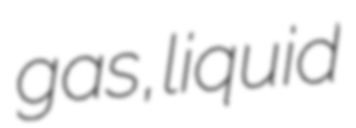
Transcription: gas, liquid